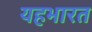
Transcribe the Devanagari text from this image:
यहभारत